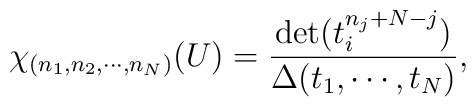
\chi_{(n_1,n_2,\cdots,n_N)} (U) = \frac{\det ( t_i^{n_j+N-j})}{\Delta (t_1, \cdots, t_N)},